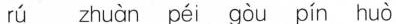
rú zhuàn péi gòu pín huò